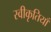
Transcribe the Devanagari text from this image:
स्वीकृतियाँ